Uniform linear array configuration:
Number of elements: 32
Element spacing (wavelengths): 0.5
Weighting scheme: kaiser
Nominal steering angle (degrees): -60
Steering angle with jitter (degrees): -59.195
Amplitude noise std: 0.05
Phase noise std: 0.05

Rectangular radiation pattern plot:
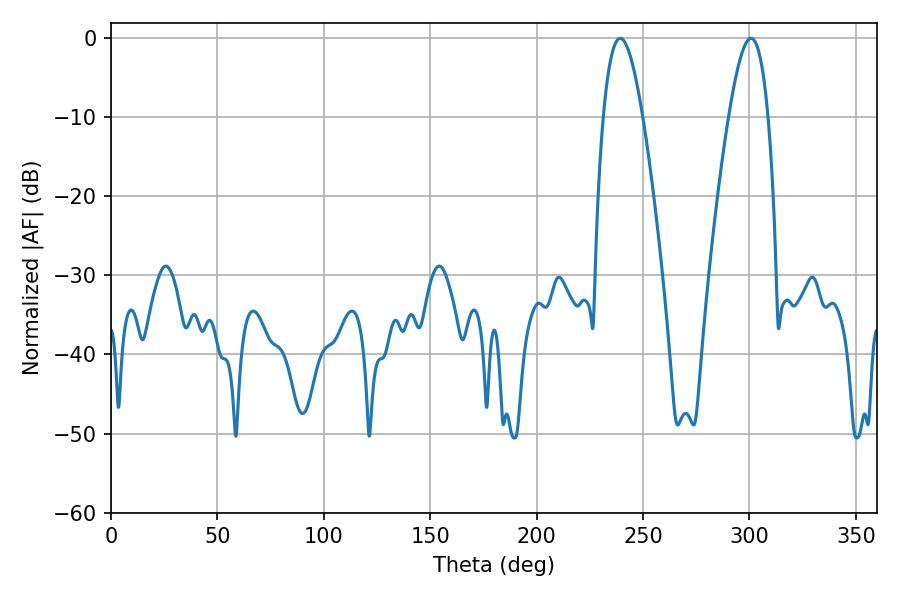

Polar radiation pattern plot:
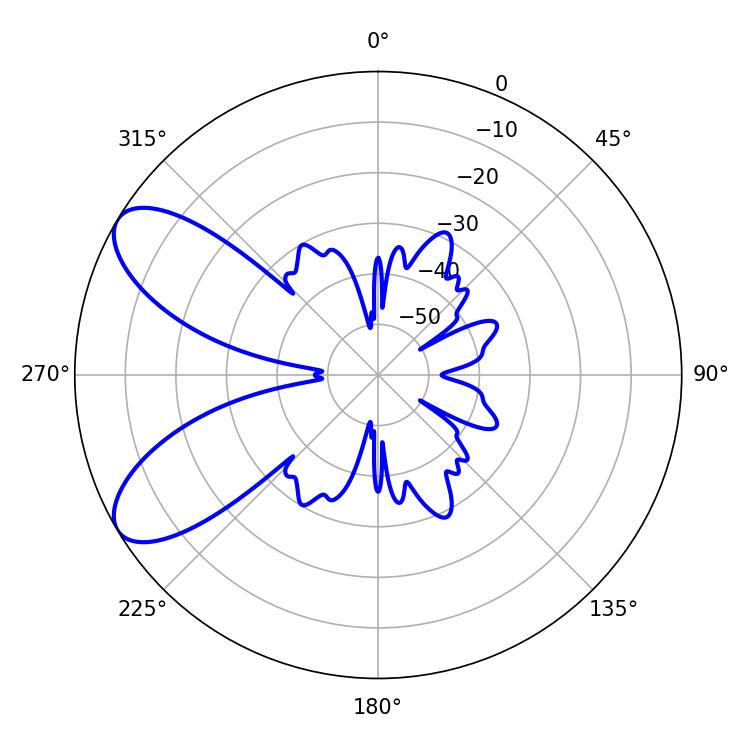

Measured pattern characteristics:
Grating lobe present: FALSE
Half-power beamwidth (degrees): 9.9
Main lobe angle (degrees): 239.22